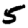
Digit: 5